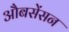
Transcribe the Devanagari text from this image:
औबसेंसन